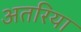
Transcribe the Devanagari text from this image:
अतरिया